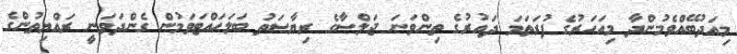
މިއަދުބޭއްވެމުންދާ މިއަހަރުގެ ފުރަތަމަ ދައުރުގެ ތިންވަނަ ޖަލްސާގެ ރިޔާޞަތު ބަލަހައްޓަވަމުން ގެންދަވަނީ ރައްޔިތުންގެ